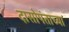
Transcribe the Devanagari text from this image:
दासोपंताच्या